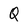
Character: Q